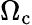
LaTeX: \Omega_{\mathrm{c}}